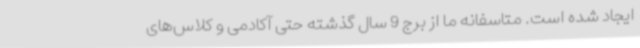
ایجاد شده است. متاسفانه ما از برج 9 سال گذشته حتی آکادمی و کلاس‌های